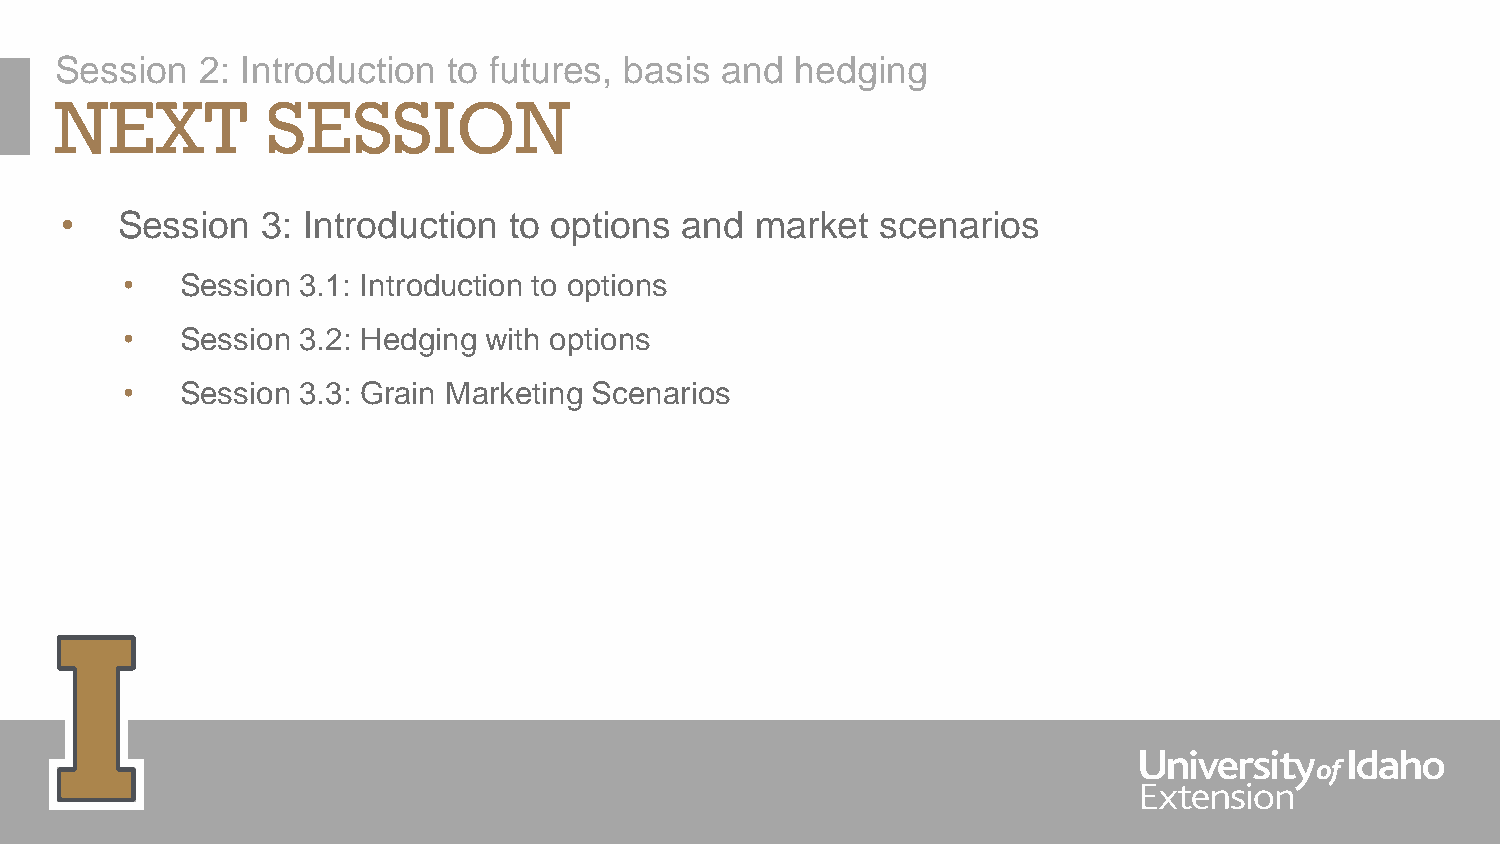
Session  2: Introduction  to futures, basis and  hedging
 NEXT          SESSION
 •   Session  3: Introduction  to options and  market  scenarios
 •   Session 3.1: Introduction to options
 •   Session 3.2: Hedging with options
 •   Session 3.3: Grain Marketing Scenarios